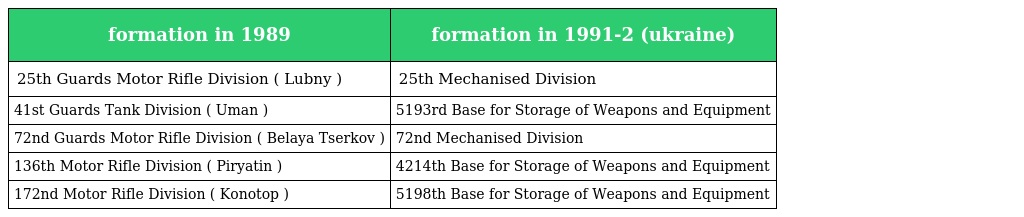
| formation in 1989 | formation in 1991-2 (ukraine) |
 | --- | --- |
 | 25th Guards Motor Rifle Division ( Lubny ) | 25th Mechanised Division |
 | 41st Guards Tank Division ( Uman ) | 5193rd Base for Storage of Weapons and Equipment |
 | 72nd Guards Motor Rifle Division ( Belaya Tserkov ) | 72nd Mechanised Division |
 | 136th Motor Rifle Division ( Piryatin ) | 4214th Base for Storage of Weapons and Equipment |
 | 172nd Motor Rifle Division ( Konotop ) | 5198th Base for Storage of Weapons and Equipment |